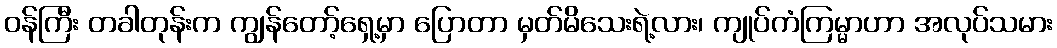
ဝန်ကြီး တခါတုန်းက ကျွန်တော့်ရှေ့မှာ ပြောတာ မှတ်မိသေးရဲ့လား၊ ကျုပ်ကံကြမ္မာဟာ အလုပ်သမား